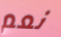
نعم